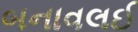
બનાવલઈ